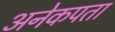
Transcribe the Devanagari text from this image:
अनेकपता